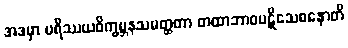
အဒမှာ ပရိဿယဝိက္ခမ္ဘနသမတ္ထတာ တထာဘာဝပဋိသေဓနောတိ